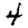
Digit: 4